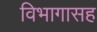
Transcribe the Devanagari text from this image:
विभागासह